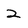
Character: 2